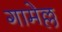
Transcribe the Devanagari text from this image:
गामेल्ल